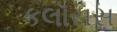
કલૉસસ